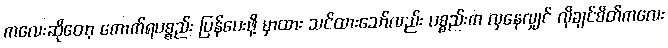
ကလေးဆိုတော့ ကောက်ရပစ္စည်း ပြန်ပေးဖို့ မှာထား သင်ထားသော်လည်း ပစ္စည်းက လှနေလျှင် လိုချင်စိတ်ကလေး